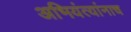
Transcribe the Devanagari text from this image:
अभियंत्यांनाच